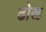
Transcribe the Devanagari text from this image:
ढोख